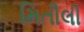
મિતૌલી